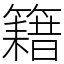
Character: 籍